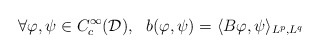
\begin{align*}\forall \varphi,\psi \in C_c^{\infty}(\mathcal{D}), \ \ b(\varphi,\psi) = \langle B\varphi,\psi\rangle_{L^p,L^q}\end{align*}